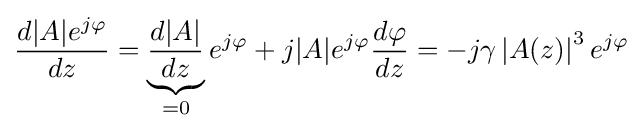
{\frac {d|A|e^{j\varphi }}{dz}}=\underbrace {\frac {d|A|}{dz}} _{=0}e^{j\varphi }+j|A|e^{j\varphi }{\frac {d\varphi }{dz}}=-j\gamma \left|A(z)\right|^{3}e^{j\varphi }